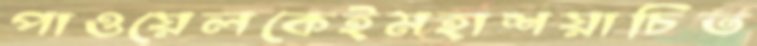
পাওয়েলকেইমহাশয়াচিত